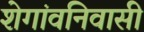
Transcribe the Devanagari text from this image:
शेगांवनिवासी